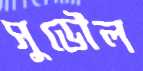
সুডৌল